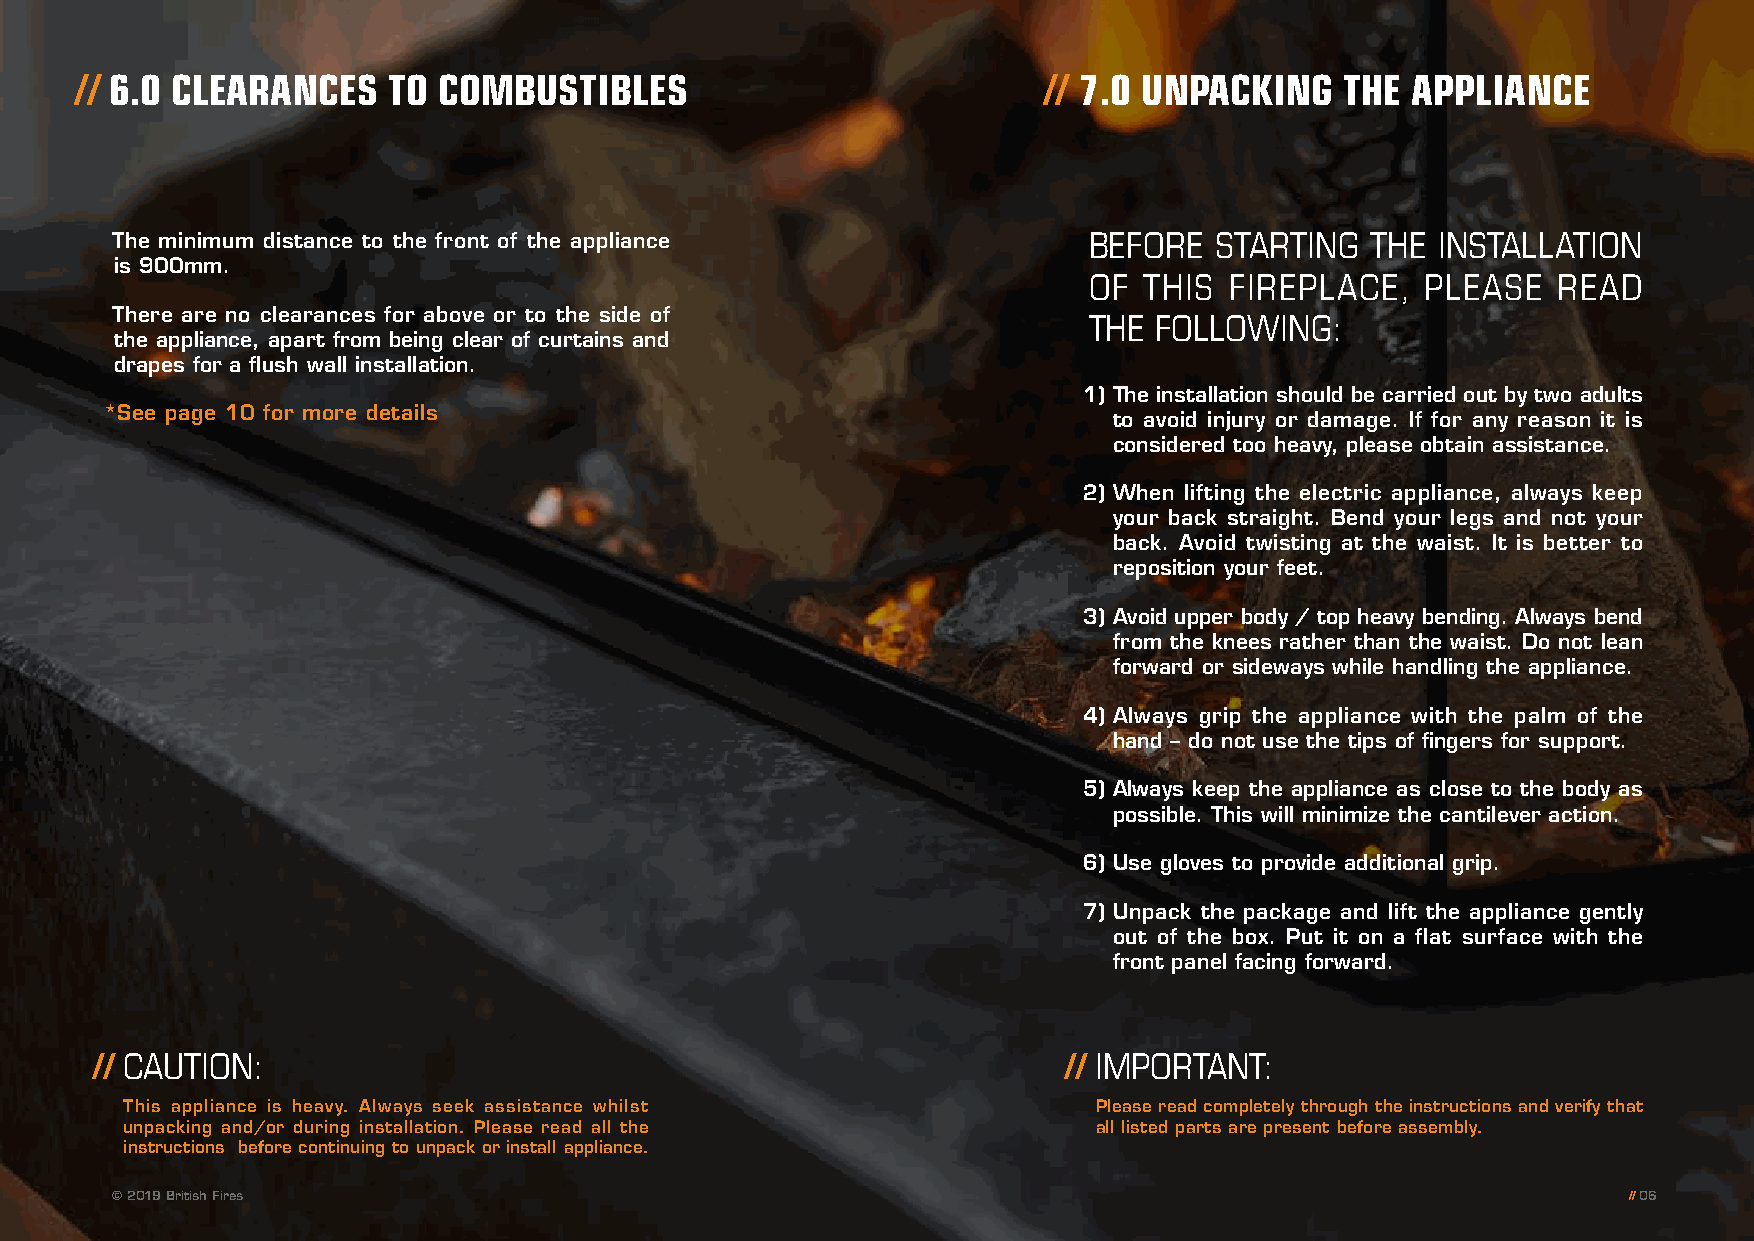
// 5.0 SITE REQUIREMENTS // 6.0 CLEARANCES TO COMBUSTIBLES           // 7.0 UNPACKING    THE APPLIANCE
 The minimum distance to the front of the appliance               BEFORE  STARTING   THE INSTALLATION
 is 900mm.
 OF  THIS FIREPLACE,   PLEASE   READ
 There are no clearances for above or to the side of
 THE FOLLOWING:
 the appliance, apart from being clear of curtains and
 drapes for a flush wall installation.
 1) The installation should be carried out by two adults
 *See page 10 for more details
 to avoid injury or damage. If for any reason it is
 considered too heavy, please obtain assistance.
 2) When lifting the electric appliance, always keep
 your back straight. Bend your legs and not your
 back. Avoid twisting at the waist. It is better to
 reposition your feet.
 3) Avoid upper body / top heavy bending. Always bend
 from the knees rather than the waist. Do not lean
 forward or sideways while handling the appliance.
 4) Always grip the appliance with the palm of the
 hand – do not use the tips of fingers for support.
 5) Always keep the appliance as close to the body as
 possible. This will minimize the cantilever action.
 6) Use gloves to provide additional grip.
 7) Unpack the package and lift the appliance gently
 out of the box. Put it on a flat surface with the
 front panel facing forward.
 // CAUTION:                                                      // IMPORTANT:
 This appliance is heavy. Always seek assistance whilst           Please read completely through the instructions and verify that
 unpacking and/or during installation. Please read all the        all listed parts are present before assembly.
 instructions before continuing to unpack or install appliance.
 © 2019 British Fires                                                                                 // 06